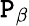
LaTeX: \mathtt{P}_{\beta}